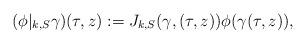
LaTeX: \begin{align*} (\phi|_{k,S} \gamma)(\tau,z):=J_{k,S}(\gamma, (\tau,z))\phi(\gamma(\tau,z)),\end{align*}